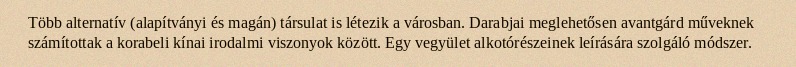
Több alternatív (alapítványi és magán) társulat is létezik a városban. Darabjai meglehetősen avantgárd műveknek számítottak a korabeli kínai irodalmi viszonyok között. Egy vegyület alkotórészeinek leírására szolgáló módszer.